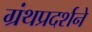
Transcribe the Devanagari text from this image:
ग्रंथप्रदर्शने